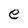
Character: e